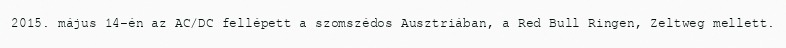
2015. május 14-én az AC/DC fellépett a szomszédos Ausztriában, a Red Bull Ringen, Zeltweg mellett.